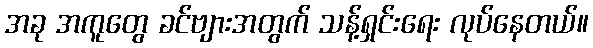
အခု အကူတွေ ခင်ဗျားအတွက် သန့်ရှင်းရေး လုပ်နေတယ်။